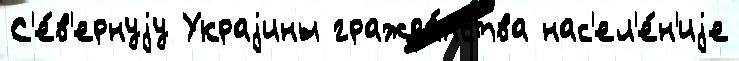
С'е́в'ернуjу Украjины гражда́нства нас'ел'е́н'иjе